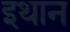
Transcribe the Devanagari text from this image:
इथान